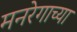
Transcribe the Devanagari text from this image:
मनरेगाच्या